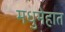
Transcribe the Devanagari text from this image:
मधुमेहात